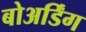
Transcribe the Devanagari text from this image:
बोअर्डिंग